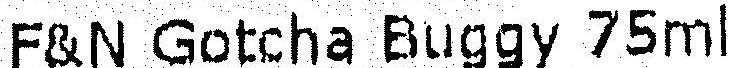
F&N GOTCHA BUGGY 75ML